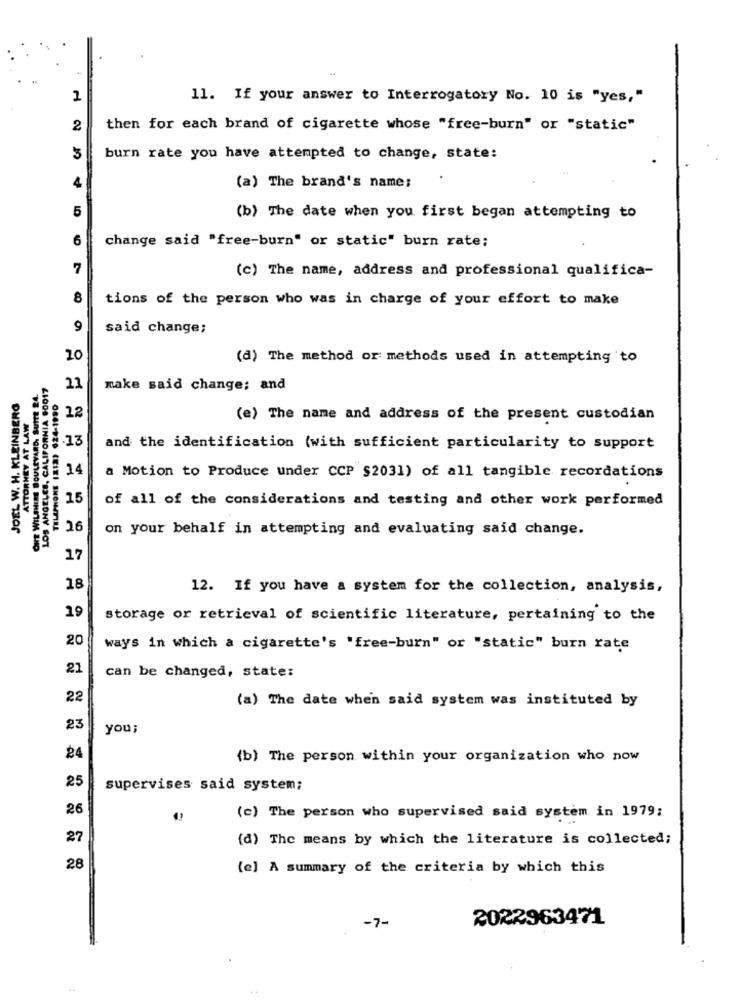
1
11. If your answer to Interrogatory No. 10 is "yes,"
2
then for each brand of cigarette whose "free-burn" or "static"
3
burn rate you have attempted to change, state:
(a) The brand's name;
5
(b) The date when you first began attempting to
6
change said "free-burn" or static" burn rate;
7
(c) The name, address and professional qualifica-
8
tions of the person who was in charge of your effort to make
9
said change;
20
(a) The method or methods used in attempting to
ATTORNEY AT LAW
11
make said change; and
JOEL W. H. KLEINBERG
ONT WILSHIRE BOULEVARD. WHAT
12
(e) The name and address of the present custodian
.13
and the identification (with sufficient particularity to support
LOS ANGELES, C
14
a Motion to Produce under CCP $2031) of all tangible recordations
15
of all of the considerations and testing and other work performed
26
on your behalf in attempting and evaluating said change.
17
18
12. If you have a system for the collection, analysis,
19
storage or retrieval of scientific literature, pertaining to the
20
ways in which a cigarette's "free-burn" or "static" burn rate
21
can be changed, state:
22
(a) The date when said system was instituted by
23
you;
24
{b) The person within your organization who now
25
supervises said system;
26
(c) The person who supervised said system in 1979;
27
(d) The means by which the literature is collected;
28
(e) A summary of the criteria by which this
2022963471
-7-